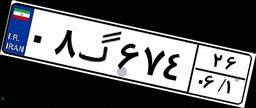
۰۸گ۶۷۴۲۶